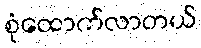
စုံထောက်လာတယ်